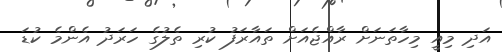
އަދި މިއީ މިހާތަނަށް ރާއްޖެއަށް ތައާރަފު ކުރި ތެލުގެ ހަރަދު އެންމެ ކުޑަ